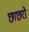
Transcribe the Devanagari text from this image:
छाछरो